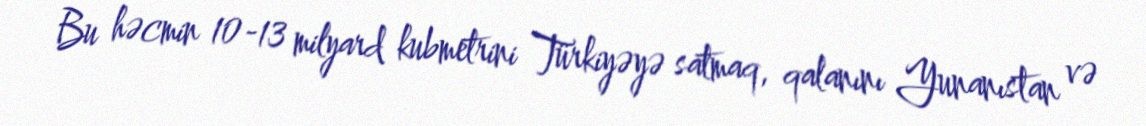
Bu həcmin 10-13 milyard kubmetrini Türkiyəyə satmaq, qalanını Yunanıstan və